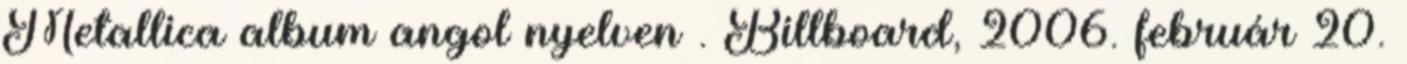
Metallica album angol nyelven . Billboard, 2006. február 20.